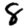
Digit: 8